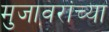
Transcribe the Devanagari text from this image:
मुजावरांच्या